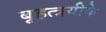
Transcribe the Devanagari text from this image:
बृहत्त्रयीके